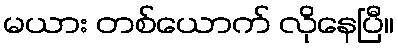
မယား တစ်ယောက် လိုနေပြီ။